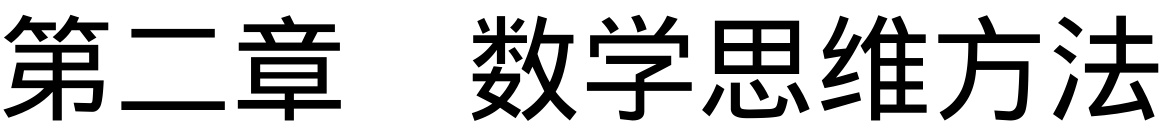
第二章 数学思维方法